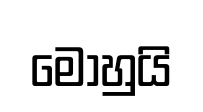
මොහුයි